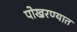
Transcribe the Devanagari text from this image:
पोखरण्यात